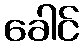
ခေါင်